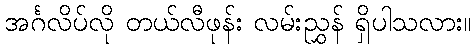
အင်္ဂလိပ်လို တယ်လီဖုန်း လမ်းညွှန် ရှိပါသလား။